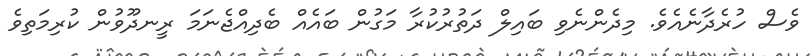
ވެސް ހުރެދާނެއެވެ. މިދެންނެވި ބައިލް ދަތުރުކުރާ މަގުން ބައެއް ބެދިއްޖެނަމަ ރީނދޫވުން ކުރިމަތިވެ